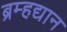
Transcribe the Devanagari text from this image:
ब्रम्हद्यान